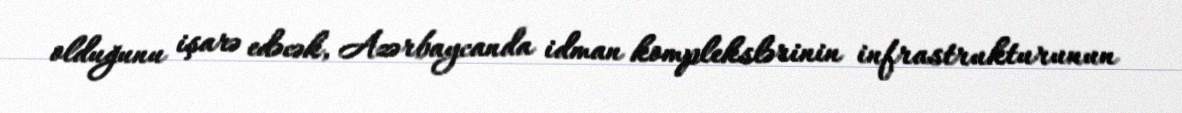
olduğunu işarə edəcək, Azərbaycanda idman komplekslərinin infrastrukturunun